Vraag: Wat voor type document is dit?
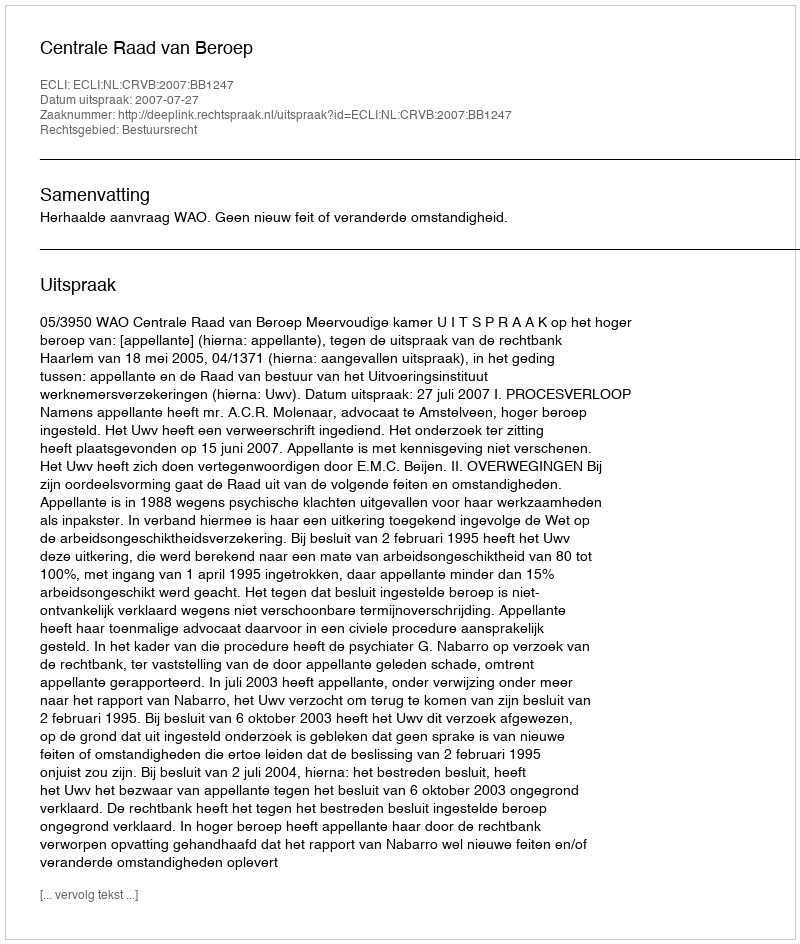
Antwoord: Uitspraak